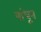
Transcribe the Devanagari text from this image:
बांधू्न